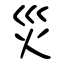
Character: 災